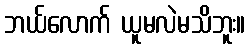
ဘယ်လောက် ယူမလဲမသိဘူး။